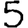
Digit: 5